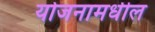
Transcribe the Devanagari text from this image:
योजनामधील